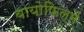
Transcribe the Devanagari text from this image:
बायोफिल्में